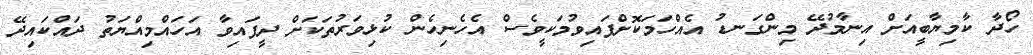
ހޯދާ ކާމިޔާބީއަށް އިނާމުދޭ މިންގަނޑު އެއްހަމަކޮށްފައިވުމަކީވެސް އެހެނިހެން ކުޅިވަރުތަކަށް ދީފައިވާ އަހައްމިއްޔަތު ދައްކައިދޭ